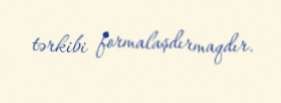
tərkibi formalaşdırmaqdır.